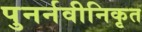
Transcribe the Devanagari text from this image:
पुनर्नवीनिकृत